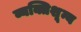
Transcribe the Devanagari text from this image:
व्यक्तिशून्य